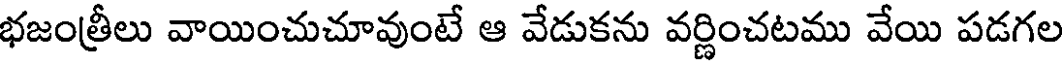
భజంత్రీలు వాయించుచూవుంటే ఆ వేడుకను వర్ణించటము వేయి పడగల